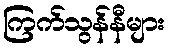
ကြက်သွန်နီများ